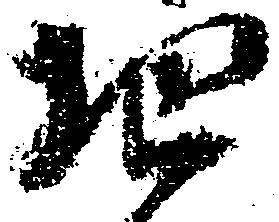
地